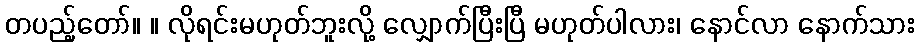
တပည့်တော်။ ။ လိုရင်းမဟုတ်ဘူးလို့ လျှောက်ပြီးပြီ မဟုတ်ပါလား၊ နောင်လာ နောက်သား